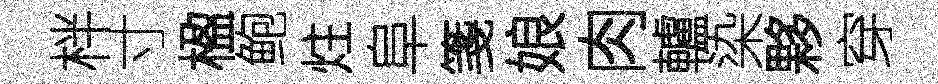
柈寸楹鲍炷阜箋娘肉轤染夥穿